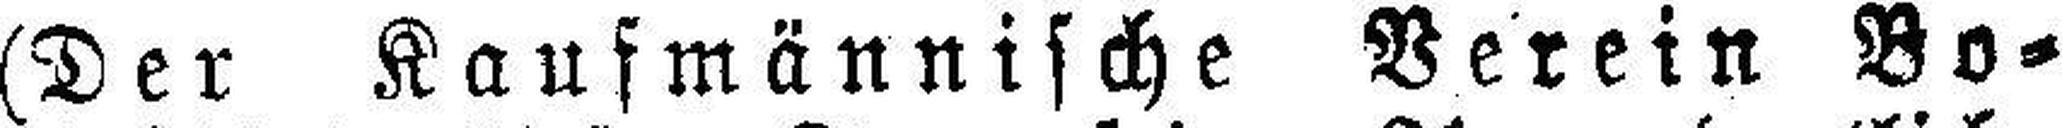
(Der Kaufmännische Verein Bo¬